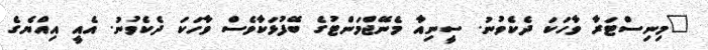
"މިނިސްޓަރާ ވާހަކަ ދެކެވުނު. ސީނިއާ މެނޭޖްމަންޓުގެ ބޭފުޅަކާވެސް ވާހަކަ ދެކެވުނު. އެއީ އިއްޔެގެ